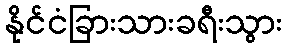
နိုင်ငံခြားသားခရီးသွား